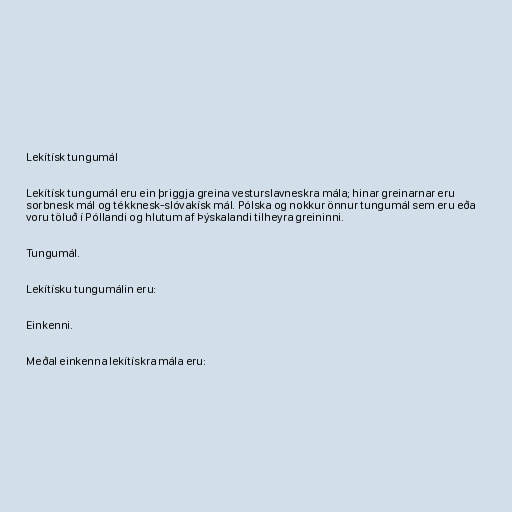
Lekítísk tungumál

Lekítísk tungumál eru ein þriggja greina vesturslavneskra mála; hinar greinarnar eru
sorbnesk mál og tékknesk-slóvakísk mál. Pólska og nokkur önnur tungumál sem eru eða
voru töluð í Póllandi og hlutum af Þýskalandi tilheyra greininni.

Tungumál.

Lekítísku tungumálin eru:

Einkenni.

Meðal einkenna lekítískra mála eru: